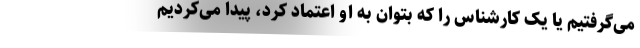
می‌گرفتیم یا یک کارشناس را که بتوان به او اعتماد کرد، پیدا می‌کردیم